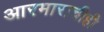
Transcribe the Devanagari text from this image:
आरमाराचीही